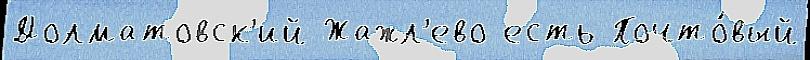
Долматовск'ий Жажл'ево есть Почто́вый